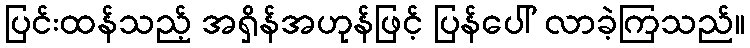
ပြင်းထန်သည့် အရှိန်အဟုန်ဖြင့် ပြန်ပေါ် လာခဲ့ကြသည်။